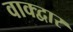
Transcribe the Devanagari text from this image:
वाक्द्वार